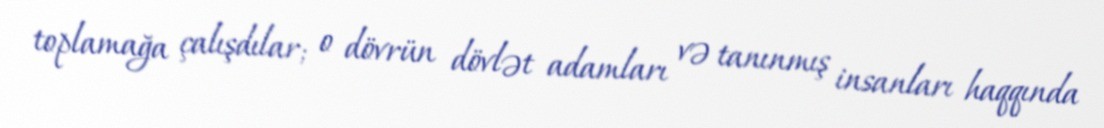
toplamağa çalışdılar; o dövrün dövlət adamları və tanınmış insanları haqqında